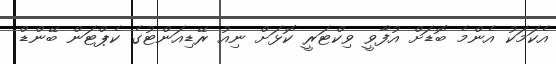
އެކަމަކު އެންމެ ބޮޑަށް އުފާވީ ވިކްޓަރީ ކޮޅަށް ނިއު ރޭޑިއަންޓުގެ ކެޕްޓަން ބޭންޑް